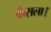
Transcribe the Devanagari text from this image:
फैसला।